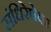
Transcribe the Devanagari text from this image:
संधिरेषेवर